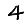
Digit: 4